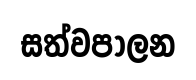
සත්වපාලන